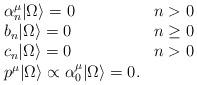
LaTeX: \begin{align*}\left.\begin{array}{lc}\alpha_n^{\mu}|\Omega\rangle=0 & n>0 \\b_n|\Omega\rangle=0 & n\ge 0 \\c_n|\Omega\rangle=0 & n>0 \\p^{\mu}|\Omega\rangle\propto\alpha_0^{\mu}|\Omega\rangle=0. & \end{array}\right.\end{align*}